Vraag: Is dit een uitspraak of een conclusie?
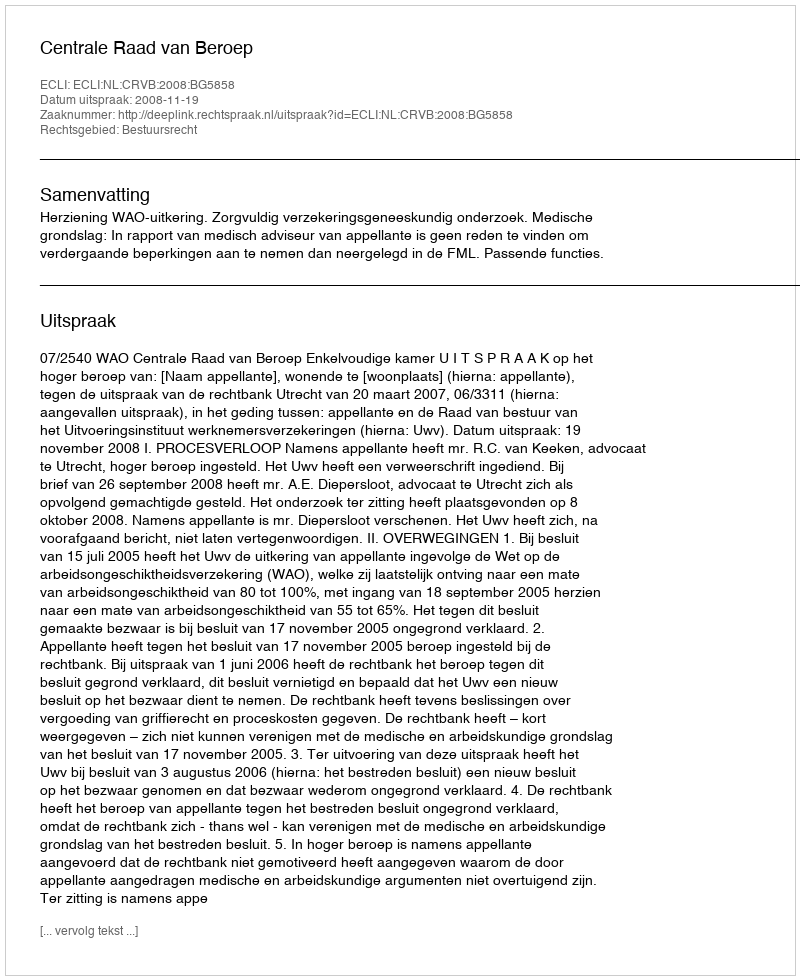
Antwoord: Uitspraak